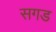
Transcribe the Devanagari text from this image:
सगड